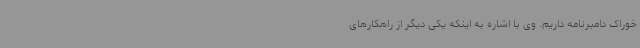
خوراک دامبرنامه داریم. وی با اشاره به اینکه یکی دیگر از راهکارهای